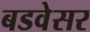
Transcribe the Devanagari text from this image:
बडवेसर